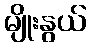
မျိုးနွယ်